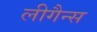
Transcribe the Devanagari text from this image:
लीगैन्स